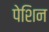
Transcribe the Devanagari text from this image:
पेशिन